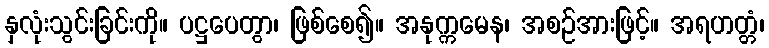
နှလုံးသွင်းခြင်းကို။ ပဋ္ဌပေတွာ၊ ဖြစ်စေ၍။ အနုက္ကမေန၊ အစဉ်အားဖြင့်။ အရဟတ္တံ၊